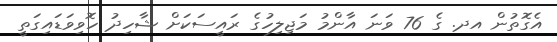
އެގޮތުން އދ. ގެ 76 ވަނަ އާންމު މަޖިލިހުގެ ރައީސަކަށް ޝާހިދު ހޮވިވަޑައިގަތީ